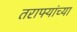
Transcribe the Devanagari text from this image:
तराफ्यांच्या